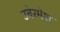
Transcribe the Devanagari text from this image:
उबेरमेंश